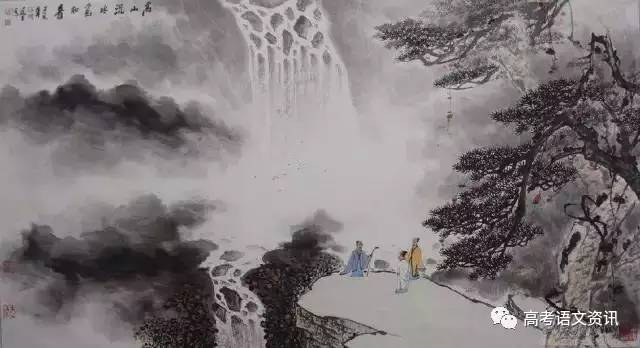
冰肌玉骨，自清凉无汗。